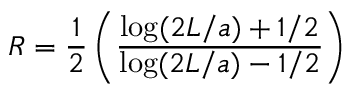
R = \frac { 1 } { 2 } \left( \frac { \log ( 2 L / a ) + 1 / 2 } { \log ( 2 L / a ) - 1 / 2 } \right)